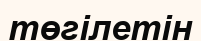
төгілетін